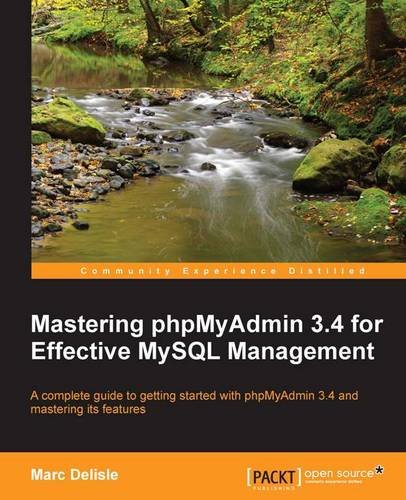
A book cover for Mastering phpMyAdmin 3.4 for Effective MySQL Management; Marc Delisle; Computers & Technology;